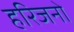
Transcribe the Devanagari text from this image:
हरिजनो